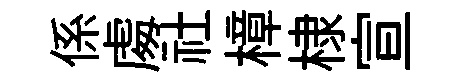
係䖏社樟棣宣